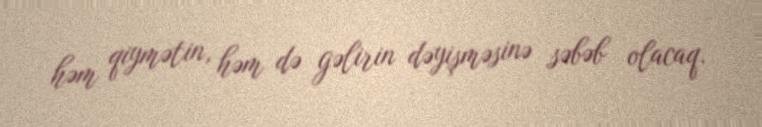
həm qiymətin, həm də gəlirin dəyişməsinə səbəb olacaq.